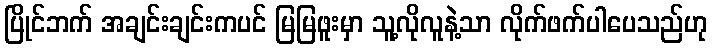
ပြိုင်ဘက် အချင်းချင်းကပင် မြမြဖူးမှာ သူ့လိုလူနဲ့သာ လိုက်ဖက်ပါပေသည်ဟု